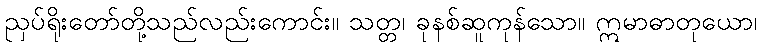
ညှပ်ရိုးတော်တို့သည်လည်းကောင်း။ သတ္တ၊ ခုနစ်ဆူကုန်သော။ ဣမာဓာတုယော၊